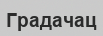
Градачац